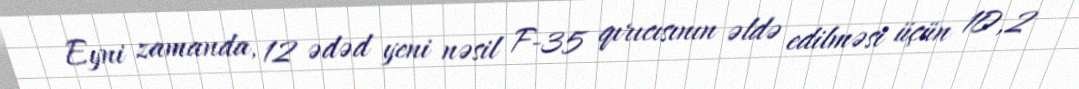
Eyni zamanda, 12 ədəd yeni nəsil F-35 qırıcısının əldə edilməsi üçün 10,2